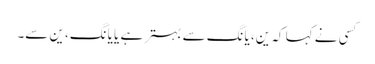
کسی نے کہا کہ ین، یانگ سے بہتر ہے یا یانگ، ین سے۔